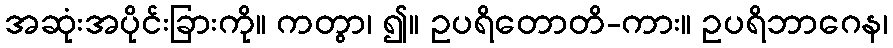
အဆုံးအပိုင်းခြားကို။ ကတွာ၊ ၍။ ဥပရိတောတိ-ကား။ ဥပရိဘာဂေန၊